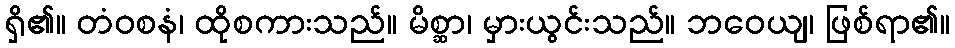
ရှိ၏။ တံဝစနံ၊ ထိုစကားသည်။ မိစ္ဆာ၊ မှားယွင်းသည်။ ဘဝေယျ၊ ဖြစ်ရာ၏။